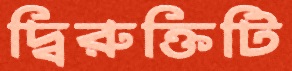
দ্বিরুক্তিটি